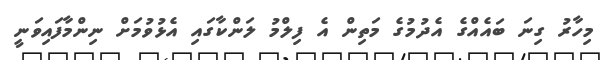
މިހާރު ގިނަ ބައެއްގެ އެދުމުގެ މަތިން އެ ފިލްމު ލަންކާގައި އެޅުވުމަށް ނިންމާފައިވަނީ